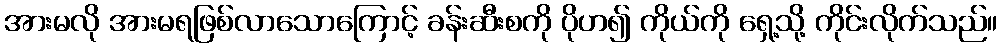
အားမလို အားမရဖြစ်လာသောကြောင့် ခန်းဆီးစကို ပိုဟ၍ ကိုယ်ကို ရှေ့သို့ ကိုင်းလိုက်သည်။